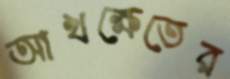
আখক্ষেতের